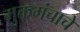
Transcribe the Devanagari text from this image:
मुक्तमंचाचे